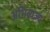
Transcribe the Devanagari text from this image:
अभिव्यज्य